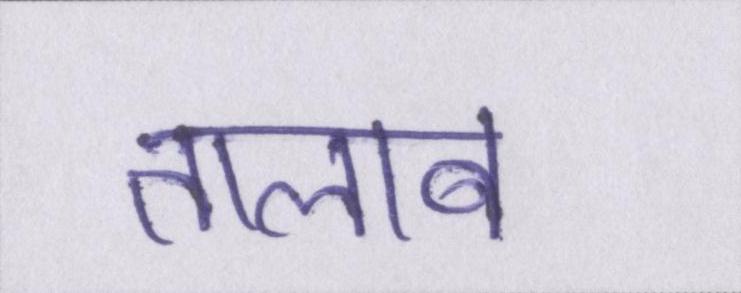
तालाब